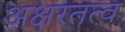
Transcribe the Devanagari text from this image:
अक्षरतत्व